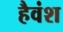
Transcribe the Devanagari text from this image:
हैवंश